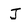
Character: J